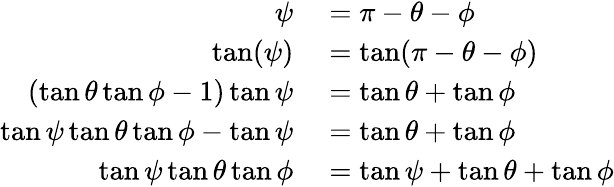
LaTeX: \begin{array}{rl}{\psi}&{{}=\pi-\theta-\phi}\\ {\tan(\psi)}&{{}=\tan(\pi-\theta-\phi)}\\ {(\tan\theta\tan\phi-1)\tan\psi}&{{}=\tan\theta+\tan\phi}\\ {\tan\psi\tan\theta\tan\phi-\tan\psi}&{{}=\tan\theta+\tan\phi}\\ {\tan\psi\tan\theta\tan\phi}&{{}=\tan\psi+\tan\theta+\tan\phi}\end{array}